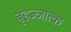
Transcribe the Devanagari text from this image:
बृहज्जात्क